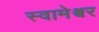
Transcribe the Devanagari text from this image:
स्वामेश्वर